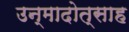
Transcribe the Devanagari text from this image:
उन्मादोत्साह